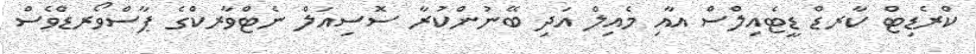
ކްރެޑިޓް ކާރޑް ޑީޓެއިލްސް އާއި މެއިލް އަދި ބޭނުންކުރާ ސޮސިއަލް ނެޓްވާރކްގެ ޕާސްވޯރޑްވެސް